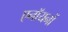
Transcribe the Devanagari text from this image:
एनॉयनों